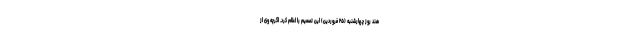
هند روز چهارشنبه (۲۵ فروردین) این تصمیم را اعلام کرد. اگرچه وی از